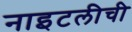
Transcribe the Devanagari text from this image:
नाइटलीची